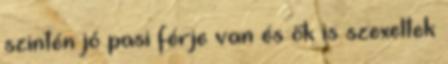
szintén jó pasi férje van és ők is szexeltek